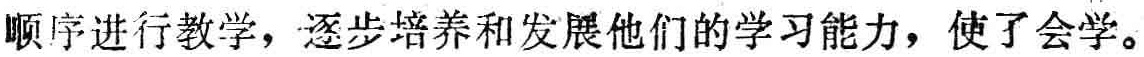
顺序进行教学，逐步培养和发展他们的学习能力，使了会学。